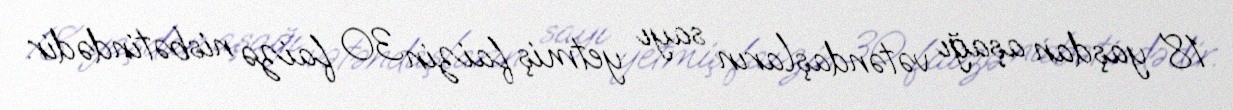
18 yaşdan aşağı vətəndaşların sayı yetmiş faizin 30 faizə nisbətindədir.